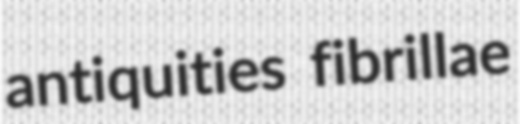
antiquities fibrillae